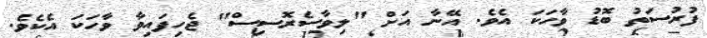
ފުރުސަތު ބޮޑު ވާހަކަ އެވެ. އޭނާ އަށް "ލިވާސެރޮސިސް" ޖެހިފައިވާ ވާހަކަ އެކެވެ.